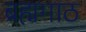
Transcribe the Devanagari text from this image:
ब्रह्मगाठ